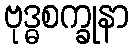
ဗုဒ္ဓစက္ခုနာ